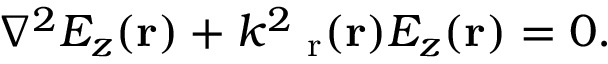
\nabla ^ { 2 } E _ { z } ( \mathbf { r } ) + k ^ { 2 } \mathbf { \varepsilon } _ { \mathrm { r } } ( \mathbf { r } ) E _ { z } ( \mathbf { r } ) = 0 .